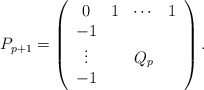
\begin{align*}P_{p+1} = \left(\begin{array}{ccccccc} 0 & 1 & \cdots &1 \\ -1 & {} & {} &{} \\ \vdots & {} & Q_{p} &{} \\ -1 & {} & {} &{} \\\end{array}\right).\end{align*}